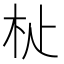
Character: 𣏡